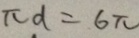
\pi d = 6 \pi